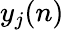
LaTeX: y_{j}(n)